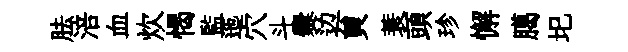
胠涪血炊愒監迤穴斗爨边貟蓑頭珍懈臈圯